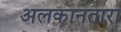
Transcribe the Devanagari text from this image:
अलकानतारा